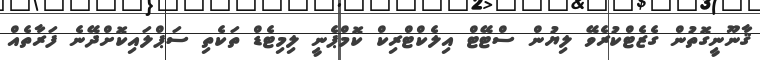
ޤާނޫނީގޮތުން ގެޒެޓްކުރެވޭ ލިޔުން ސްޓޭޓް އިލެކްޓްރިކް ކޮމްޕެނީ ލިމިޓެޑް ތަކެތި ސަޕްލައިކޮށްދޭނެ ފަރާތެއް